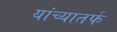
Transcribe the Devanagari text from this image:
यांच्यातर्फ